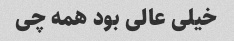
خیلی عالی بود همه چی